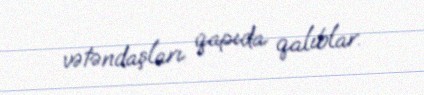
vətəndaşları qapıda qalıblar.